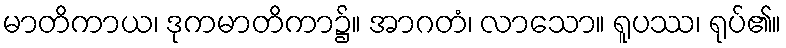
မာတိကာယ၊ ဒုကမာတိကာ၌။ အာဂတံ၊ လာသော။ ရူပဿ၊ ရုပ်၏။